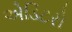
એડિટરો